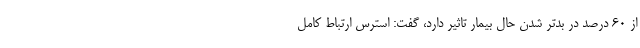
از ۶۰ درصد در بدتر شدن حال بیمار تاثیر دارد، گفت: استرس ارتباط کامل